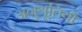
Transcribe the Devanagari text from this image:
अनुश्रूतियों